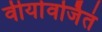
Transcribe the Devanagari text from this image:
वीर्यावर्जितं